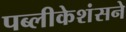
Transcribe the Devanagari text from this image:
पब्लीकेशंसने